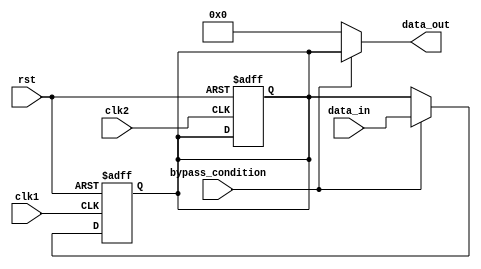
module dual_port_bypass_register (
    input wire clk1, // Clock signal for read port
    input wire clk2, // Clock signal for write port
    input wire rst, // Reset signal
    input wire bypass_condition, // Condition to forward data to output
    input wire [31:0] data_in, // Input data
    output reg [31:0] data_out // Output data
);

reg [31:0] bypass_reg; // Register to store data temporarily

always @(posedge clk1 or posedge rst) begin
    if (rst) begin
        bypass_reg <= 32'h0; // Reset bypass register
    end else if (bypass_condition) begin
        bypass_reg <= data_in; // Forward input data to bypass register
    end
end

always @(posedge clk2 or posedge rst) begin
    if (rst) begin
        bypass_reg <= 32'h0; // Reset bypass register
    end else begin
        // Data is written to bypass register on positive edge of clk2
        bypass_reg <= bypass_reg;
    end
end

always @(*) begin
    if (bypass_condition) begin
        data_out = bypass_reg; // Output data from bypass register when condition is met
    end else begin
        data_out = 32'h0; // Default output value
    end
end

endmodule